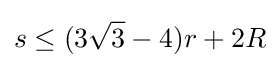
s\leq (3{\sqrt {3}}-4)r+2R